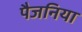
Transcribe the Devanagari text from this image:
पैजनिया